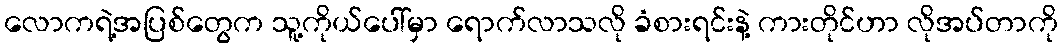
လောကရဲ့အပြစ်တွေက သူ့ကိုယ်ပေါ်မှာ ရောက်လာသလို ခံစားရင်းနဲ့ ကားတိုင်ဟာ လိုအပ်တာကို